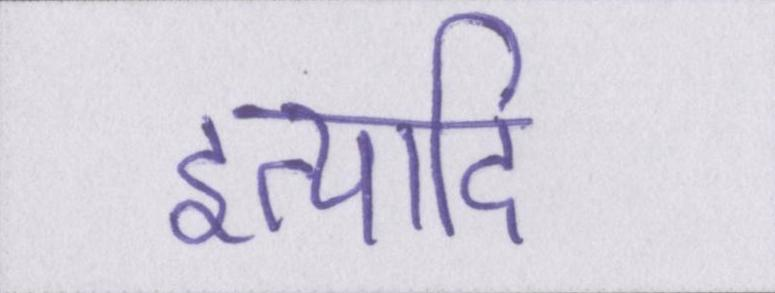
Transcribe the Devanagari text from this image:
इत्यादि